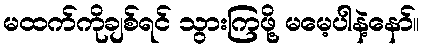
မထက်ကိုချစ်ရင် သွားကြဖို့ မမေ့ပါနဲ့နော်။